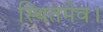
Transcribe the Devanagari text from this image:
स्थितमेव।